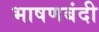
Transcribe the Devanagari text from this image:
भाषणबंदी